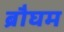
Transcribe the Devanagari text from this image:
ब्रौघम